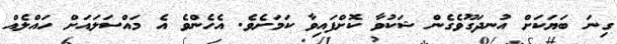
ގިނަ ބަޔަކަށް އުނދަގޫވެގެން ޝަކުވާ ކޮށްފައިވާ ކަމަށެވެ. އެހެންވެ އެ މައްސަލައަށް ހައްލެއް